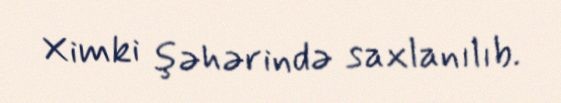
Ximki şəhərində saxlanılıb.